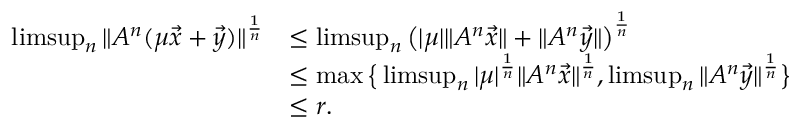
\begin{array} { r l } { \operatorname* { l i m s u p } _ { n } \| A ^ { n } ( \mu \vec { x } + \vec { y } ) \| ^ { \frac { 1 } { n } } } & { \le \operatorname* { l i m s u p } _ { n } \big ( | \mu | \| A ^ { n } \vec { x } \| + \| A ^ { n } \vec { y } \| \big ) ^ { \frac { 1 } { n } } } \\ & { \le \operatorname* { m a x } \big \{ \operatorname* { l i m s u p } _ { n } | \mu | ^ { \frac { 1 } { n } } \| A ^ { n } \vec { x } \| ^ { \frac { 1 } { n } } , \operatorname* { l i m s u p } _ { n } \| A ^ { n } \vec { y } \| ^ { \frac { 1 } { n } } \big \} } \\ & { \le r . } \end{array}